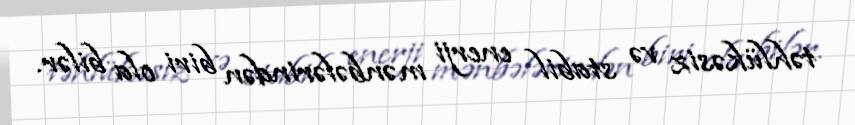
təhlükəsiz və stabil enerji mənbələrindən biri ola bilər.